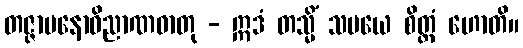
တဇ္ဇာမနောဝိညာဏဓာတု - ဣဒံ တသ္မိံ သမယေ စိတ္တံ ဟောတိ။